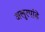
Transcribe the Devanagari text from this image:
अलुरपांडे